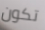
تكون